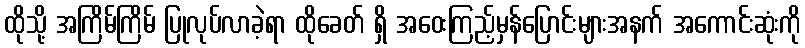
ထိုသို့ အကြိမ်ကြိမ် ပြုလုပ်လာခဲ့ရာ ထိုခေတ် ရှိ အဝေးကြည့်မှန်ပြောင်းများအနက် အကောင်းဆုံးကို